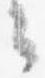
々